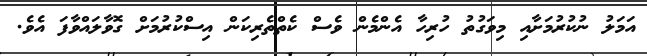
އަމަލު ނުކުރުމަށާއި މިވަގުތު ހުރިހާ އެންމެން ވެސް ކެތްތެރިކަން އިސްކުރުމަށް ގޮވާލައްވާފަ އެވެ.